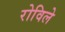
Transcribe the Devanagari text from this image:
रोविले